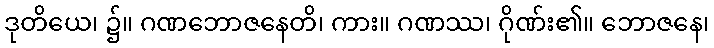
ဒုတိယေ၊ ၌။ ဂဏဘောဇနေတိ၊ ကား။ ဂဏဿ၊ ဂိုဏ်း၏။ ဘောဇနေ၊